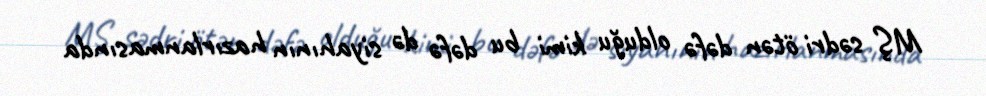
MŞ sədri ötən dəfə olduğu kimi bu dəfə də siyahının hazırlanmasında